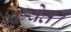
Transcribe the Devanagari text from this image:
अश्वेत।